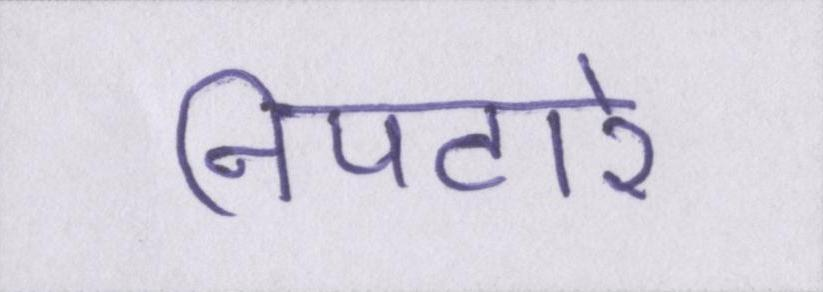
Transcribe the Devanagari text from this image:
निपटारे